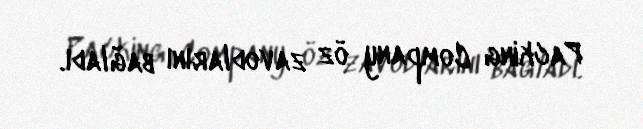
Packing Company öz zavodlarını bağladı.